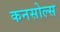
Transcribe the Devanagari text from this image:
कनसोल्स